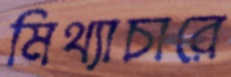
মিথ্যাচারে